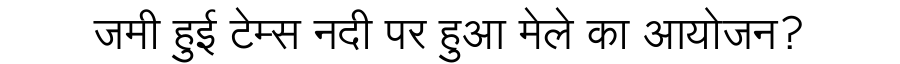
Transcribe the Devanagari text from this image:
जमी हुई टेम्स नदी पर हुआ मेले का आयोजन?